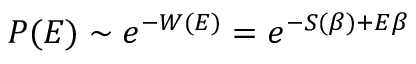
P ( E ) \sim e ^ { - W ( E ) } = e ^ { - S ( \beta ) + E \beta }